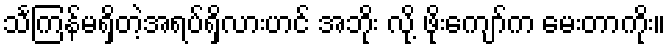
သင်္ကြန်မရှိတဲ့အရပ်ရှိလားဟင် အဘိုး လို့ ဖိုးကျော်က မေးတာကိုး။